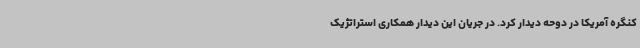
کنگره آمریکا در دوحه دیدار کرد. در جریان این دیدار همکاری استراتژیک